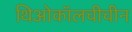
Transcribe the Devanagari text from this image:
थिओकॉलचीचीन